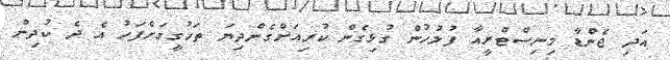
އަދި ޖެންޑާ މިނިސްޓްރީއާ ފުލުހުން ގުޅިގެން ކުރިއަށްގެންދިޔަ ތަހުގީގަށްފަހު އެ ދެ ކުދިން